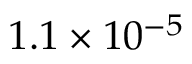
1 . 1 \times 1 0 ^ { - 5 }